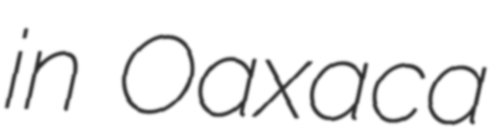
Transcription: in Oaxaca